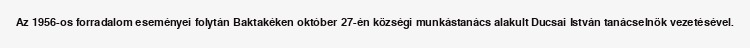
Az 1956-os forradalom eseményei folytán Baktakéken október 27-én községi munkástanács alakult Ducsai István tanácselnök vezetésével.